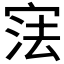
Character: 𭓼